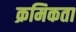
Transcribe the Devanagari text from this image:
क्रमिकता